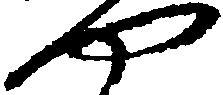
や